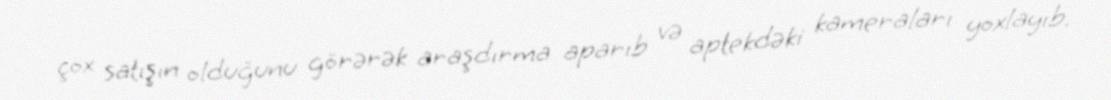
çox satışın olduğunu görərək araşdırma aparıb və aptekdəki kameraları yoxlayıb.